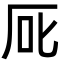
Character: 厑